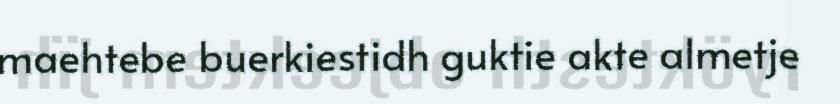
maehtebe buerkiestidh guktie akte almetje